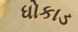
ધોકાડ